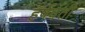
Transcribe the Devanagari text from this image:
हर्षवंती